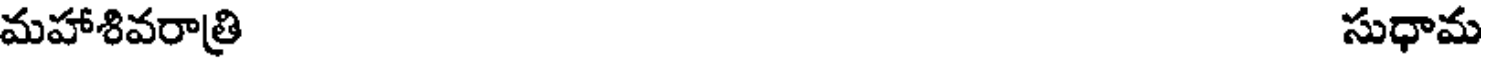
మహాశివరాత్రి సుధామ